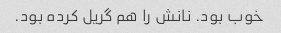
خوب بود. نانش را هم گریل کرده بود.